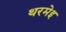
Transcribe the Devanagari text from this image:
थरमेइ